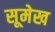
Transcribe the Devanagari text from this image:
सूमेख